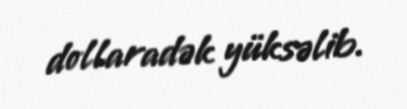
dollaradək yüksəlib.